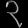
Digit: ၃